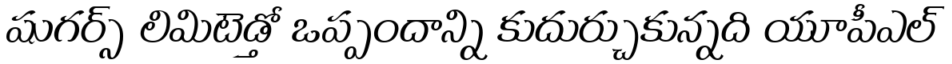
షుగర్స్ లిమిటెడ్తో ఒప్పందాన్ని కుదుర్చుకున్నది యూపీఎల్